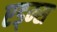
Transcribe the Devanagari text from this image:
एड्म्स